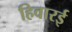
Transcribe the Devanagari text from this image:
हिवारई